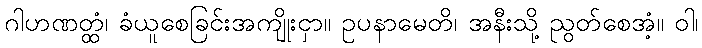
ဂါဟဏတ္ထံ၊ ခံယူစေခြင်းအကျိုးငှာ။ ဥပနာမေတိ၊ အနီးသို့ ညွတ်စေအံ့။ ဝါ၊